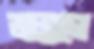
জন্মালে